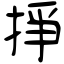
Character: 掙